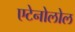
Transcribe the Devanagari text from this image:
एटेनोलोल